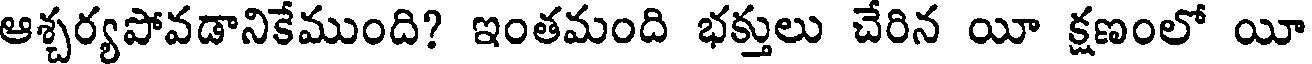
ఆశ్చర్యపోవడానికేముంది? ఇంతమంది భక్తులు చేరిన యీ క్షణంలో యీ